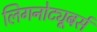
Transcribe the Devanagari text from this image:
लिगनोट्यूबर्स